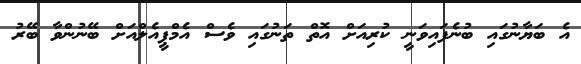
އެ ބަޔާނުގައި ބުނެފައިވަނީ ކުރިއަށް އޮތް ތަނުގައި ވެސް އެމްޕީއެލްއަށް ބޭނުންވާ ބޭރު